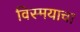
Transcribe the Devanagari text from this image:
विस्मयाचा